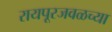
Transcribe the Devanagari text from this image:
रायपूरजवळच्या